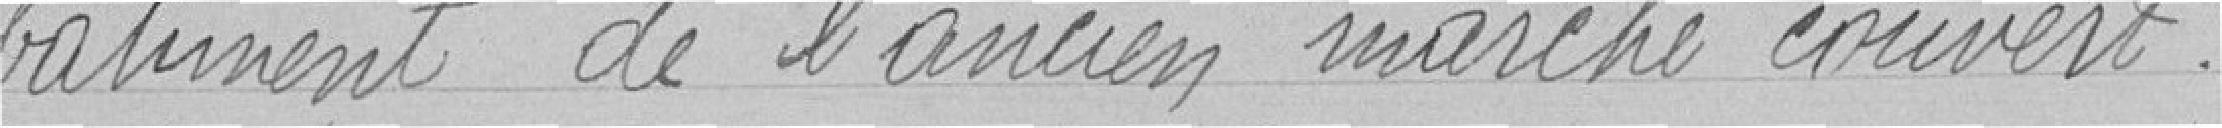
bâtiment de l'ancien marché couvert.